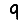
Digit: 9